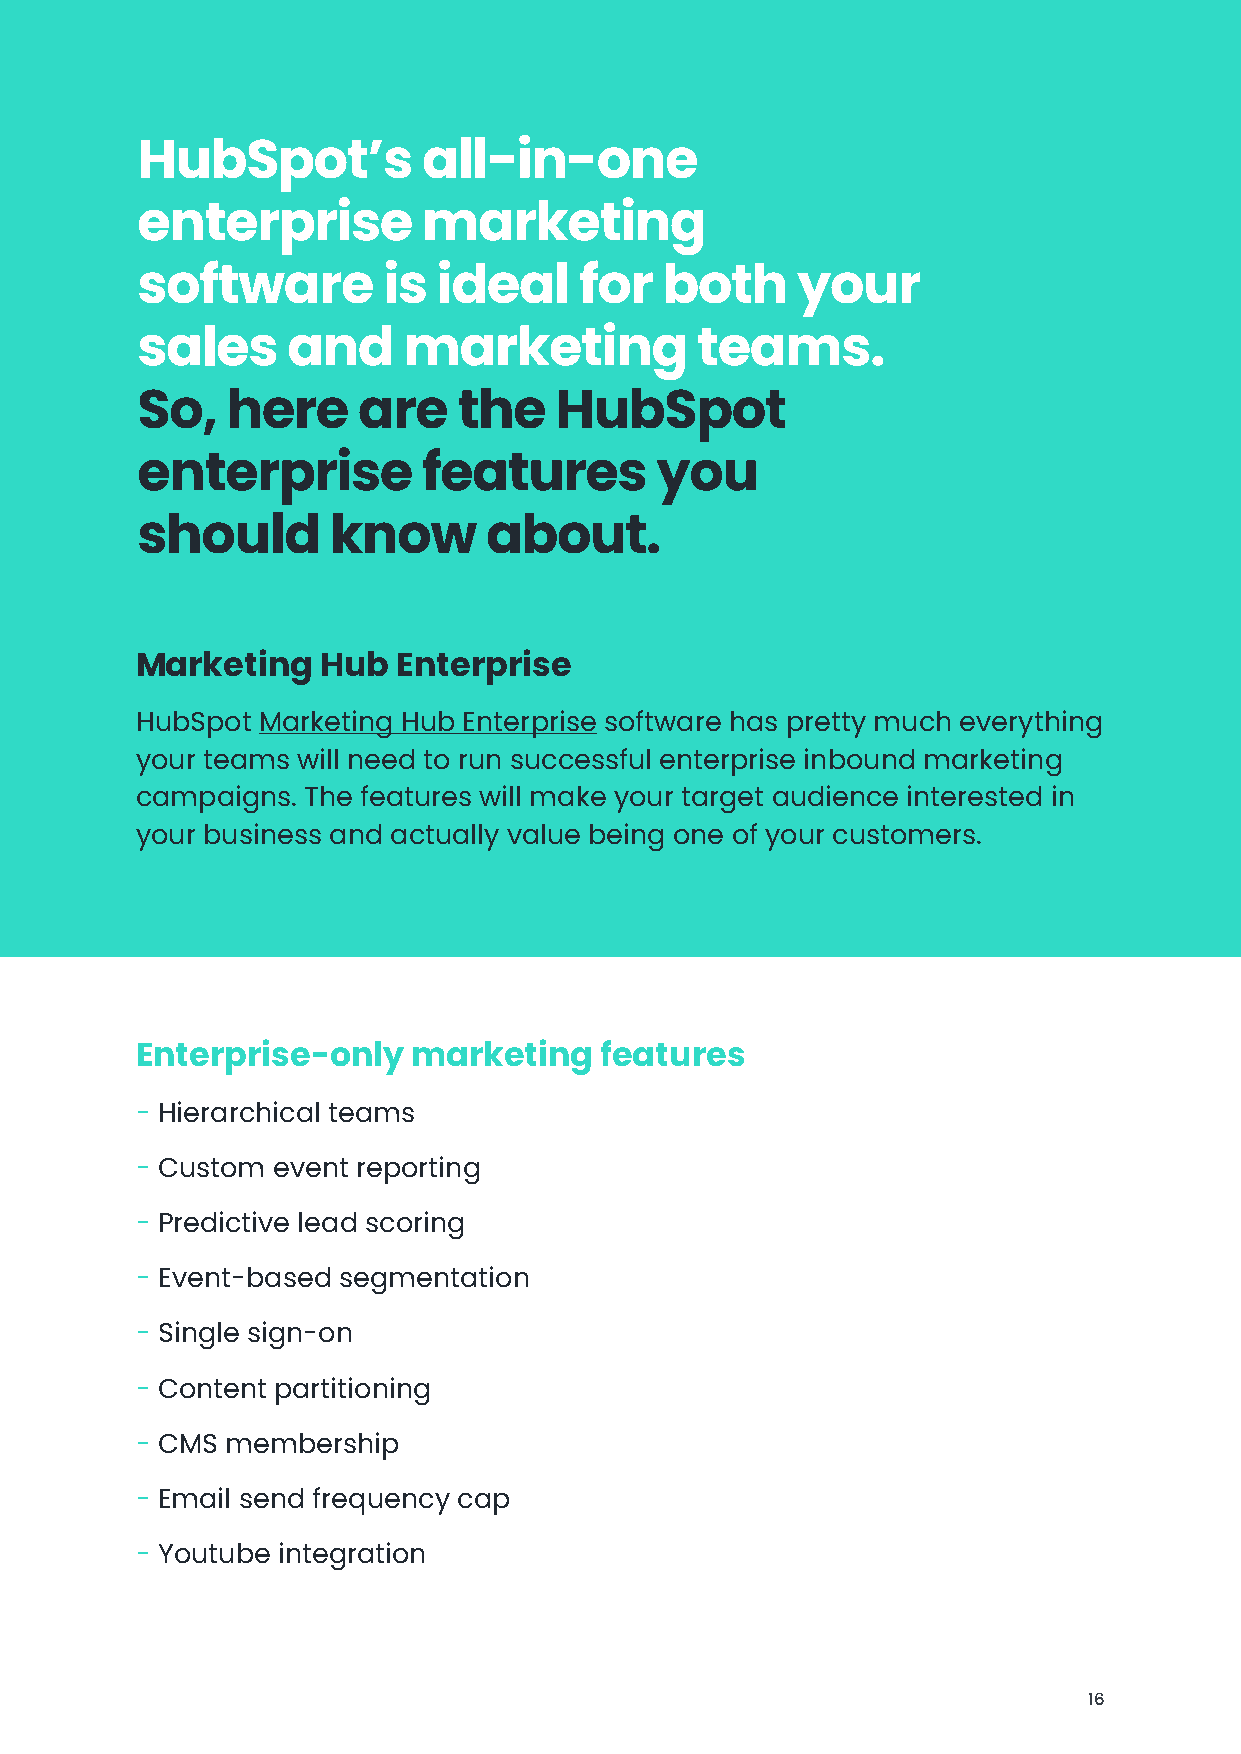
HubSpot’s          all-in-one
 enterprise         marketing
 software        is  ideal    for   both     your
 sales     and     marketing          teams.
 So,   here     are   the    HubSpot
 enterprise         features       you
 should       know      about.
 Marketing   Hub  Enterprise
 HubSpot Marketing Hub Enterprise software has pretty much everything
 your teams will need to run successful enterprise inbound marketing
 campaigns. The features will make your target audience interested in
 your business and actually value being one of your customers.
 Enterprise-only   marketing    features
 - Hierarchical teams
 - Custom event reporting
 - Predictive lead scoring
 - Event-based segmentation
 - Single sign-on
 - Content partitioning
 - CMS membership
 - Email send frequency cap
 - Youtube integration
 16